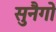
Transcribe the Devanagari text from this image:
सुनैगो